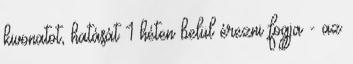
kivonatot, hatását 1 héten belül érezni fogja - az